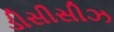
ડીસીસીઝ